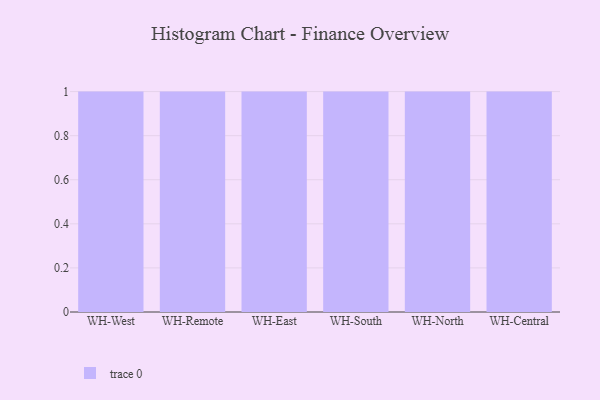
{"axis": {"x": "Warehouse", "y": "Temperature (°C)"}, "legend": [""], "data": [{"x": "WH-West", "y": 69, "type": ""}, {"x": "WH-Remote", "y": 48, "type": ""}, {"x": "WH-East", "y": 40, "type": ""}, {"x": "WH-South", "y": 63, "type": ""}, {"x": "WH-North", "y": 25, "type": ""}, {"x": "WH-Central", "y": 61, "type": ""}]}